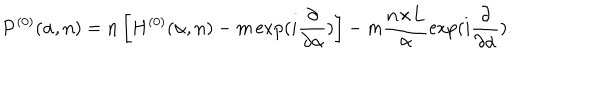
LaTeX: { \bf P } ^ { ( 0 ) } ( { \alpha } , { \bf n } ) = { \bf n } \left[ H ^ { ( 0 ) } ( { \alpha } , { \bf n } ) - m \exp ( i \frac { \partial } { { \partial } { \alpha } } ) \right] - m \frac { { \bf n } { \times } { \bf L } } { \alpha } \exp ( i \frac { \partial } { { \partial } { \alpha } } ) .